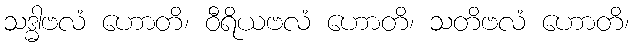
သဒ္ဓါဗလံ ဟောတိ၊ ဝီရိယဗလံ ဟောတိ၊ သတိဗလံ ဟောတိ၊